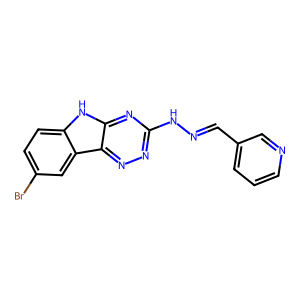
SMILES: Brc1ccc2[nH]c3nc(NN=Cc4cccnc4)nnc3c2c1
Inhibits HIV replication: No